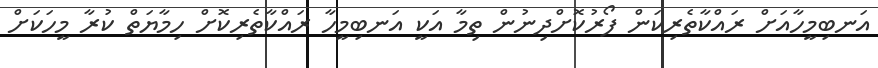
އަނބިމީހާއަށް ރައްކާތެރިކަން ފޯރުކޮށްދިނުން ތިމާ އަކީ އަނބިމީހާ ރައްކާތެރިކޮށް ހިމާޔަތް ކުރާ މީހަކަށް